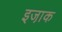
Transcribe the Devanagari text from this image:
इजा़क